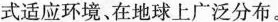
式适应环境。在地球上广泛分布。